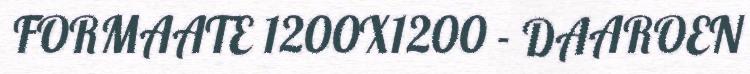
FORMAATE 1200X1200 - DAAROEN